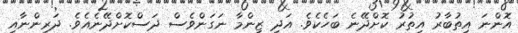
އޮންނަ އިތުބާރު އިތުރު ކޮށްދޭނެ ބަހެކެވެ. އަދި ޒިންމާ ނަގަންވެސް ދަސްކޮށްދޭނެއެވެ. ދަރިންނާއި